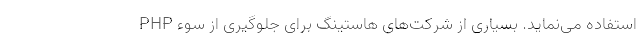
PHP استفاده می‌نماید. بسیاری از شرکت‌های هاستینگ برای جلوگیری از سوء